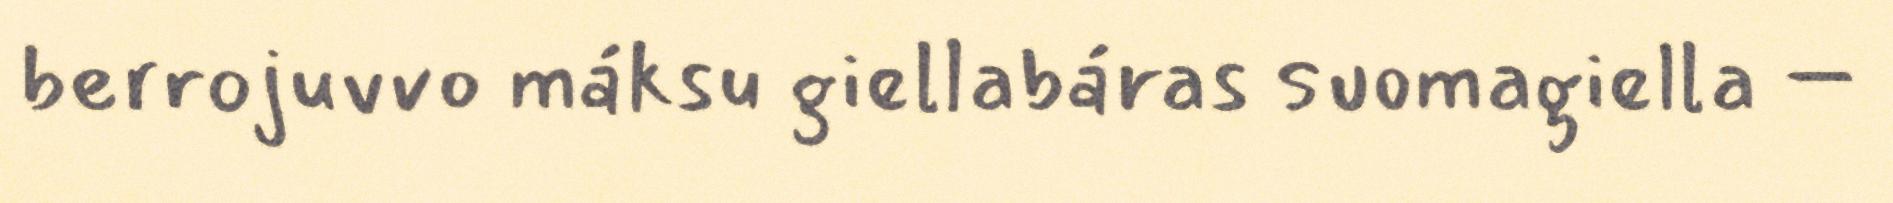
berrojuvvo máksu giellabáras suomagiella –